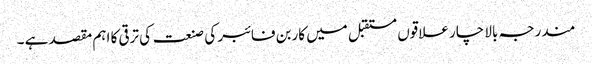
مندرجہ بالا چار علاقوں مستقبل میں کاربن فائبر کی صنعت کی ترقی کا اہم مقصد ہے ۔